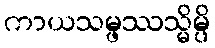
ကာယသမ္ဖဿသ္မိမ္ပိ